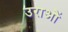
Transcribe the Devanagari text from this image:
उराओं